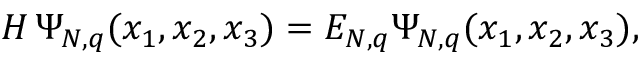
{ \cal H } \, \Psi _ { N , q } ( x _ { 1 } , x _ { 2 } , x _ { 3 } ) = { \cal E } _ { N , q } \Psi _ { N , q } ( x _ { 1 } , x _ { 2 } , x _ { 3 } ) ,